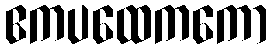
ဧကပထေကကော